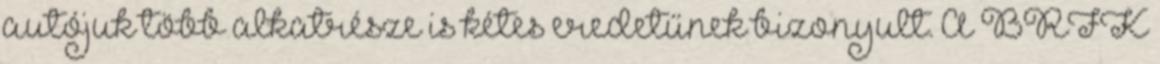
autójuk több alkatrésze is kétes eredetűnek bizonyult. A BRFK